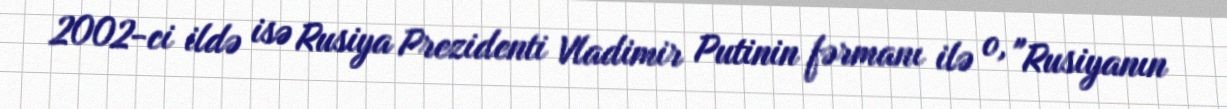
2002-ci ildə isə Rusiya Prezidenti Vladimir Putinin fərmanı ilə o, "Rusiyanın